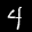
Label: 4